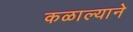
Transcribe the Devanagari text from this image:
कळाल्याने